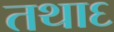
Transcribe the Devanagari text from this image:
तथा६